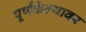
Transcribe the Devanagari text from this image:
पूर्णकेल्यावर